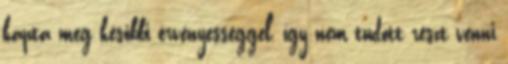
kapta meg későbbi érvényességgel, így nem tudott részt venni